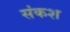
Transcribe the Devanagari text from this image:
संकश